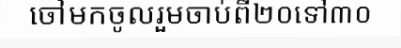
ចៅមកចូលរួមចាប់ពី២០ទៅ៣០